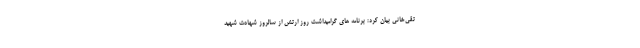
تقی‌خانی بیان کرد: برنامه های گرامیداشت روز ارتش از سالروز شهادت شهید